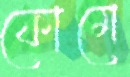
ফোমে